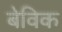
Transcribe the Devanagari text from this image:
बेविक